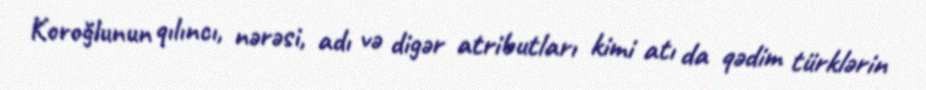
Koroğlunun qılıncı, nərəsi, adı və digər atributları kimi atı da qədim türklərin